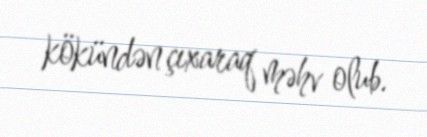
kökündən çıxaraq məhv olub.